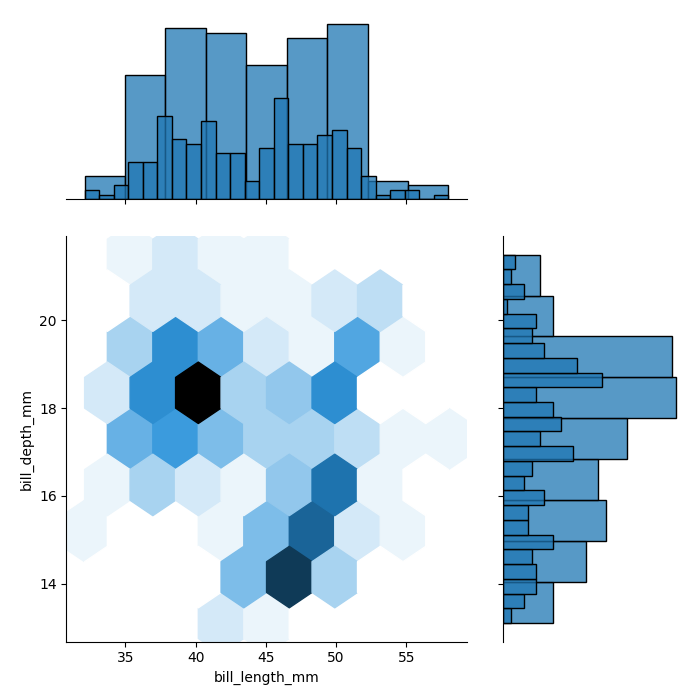
python, seaborn, jointplot, kind='hex', height='7', ratio='2', marginal_ticks='False'